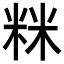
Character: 𥹫